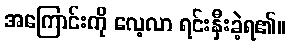
အကြောင်းကို လေ့လာ ရင်းနှီးခဲ့ရ၏။